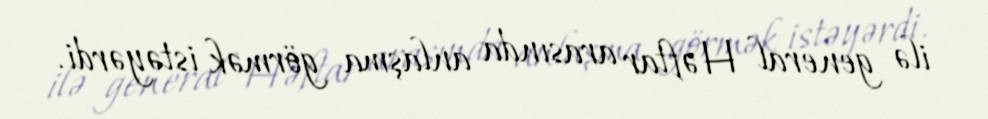
ilə general Həftar arasında anlaşma görmək istəyərdi.